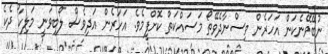
ނުބޭވޭނެކަން އަހަރެން ވިސްނާދެވޭތޯ މަސައްކަތް ކޮށްފީމެވެ. އަހަރެން އަދިވެސް ލޯބިވަނީ މަލިކާ ދެކެ